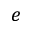
e